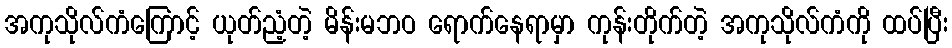
အကုသိုလ်ကံကြောင့် ယုတ်ညံ့တဲ့ မိန်းမဘဝ ရောက်နေရာမှာ ကုန်းတိုက်တဲ့ အကုသိုလ်ကံကို ထပ်ပြီး